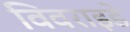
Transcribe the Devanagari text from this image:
विवराइडे